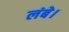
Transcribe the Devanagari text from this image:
लंबे।